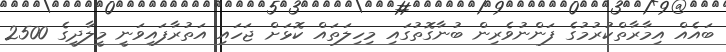
ބައެއް އިމާރާތްކުރުމުގެ ފަންނުވެރިން ބުނާގޮތުގައި މިހިލަތައް ކޮޅަށް ޖަހައި އަތުރާފައިވަނީ މީލާދީގެ 2500